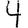
Digit: 4